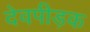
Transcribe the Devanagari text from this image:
देवपीड़क